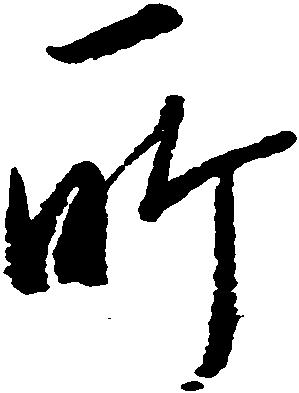
所